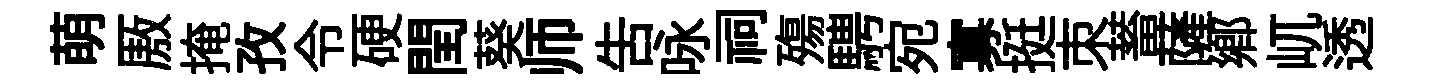
萌厫掩孜令硬閏葵师吿咏祠殤騁宛寡挺朿蓄薩鄉屼透